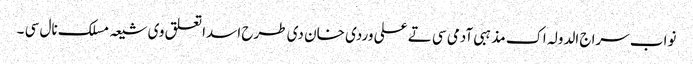
نواب سراج الدولہ اک مذہبی آدمی سی تے علی وردی خان دی طرح اسدا تعلق وی شیعہ مسلک نال سی ۔